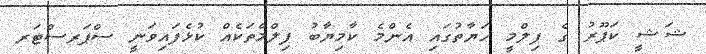
ޝަޝީ ކަޕޫރު ގެ ފިލްމީ ހަޔާތުގައި އެންމެ ކާމިޔާބު ފިލްމްތަކެއް ކުޅެފައިވަނީ ސްޕަރސްޓަރ